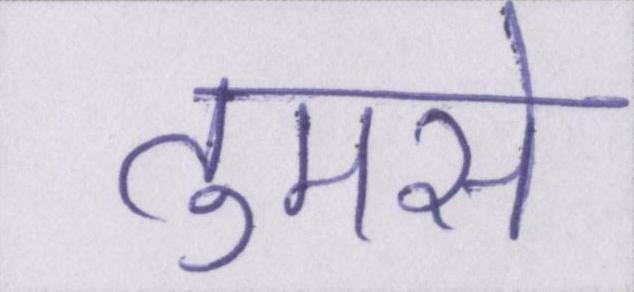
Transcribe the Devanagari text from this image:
तुमसे